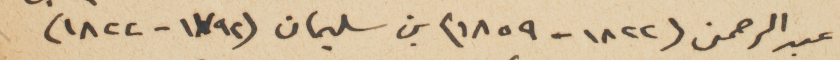
عبد الرحمن (١٨٢٢-١٨٥٩) بن سليمان (١٧٩٢-١٨٢٢)